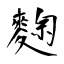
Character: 麴